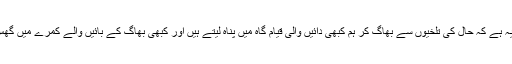
ہمارا مسئلہ یہ ہے کہ حال کی تلخیوں سے بھاگ کر ہم کبھی دائیں والی قیام گاہ میں پناہ لیتے ہیں اور کبھی بھاگ کے بائیں والے کمرے میں گھس جاتے ہیں۔